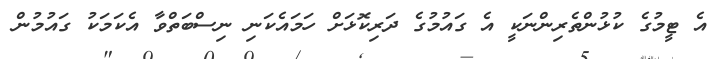
އެ ޓީމުގެ ކުޅުންތެރިންނަކީ އެ ގައުމުގެ ދަރިކޮޅަށް ހަމައެކަނި ނިސްބަތްވާ އެކަމަކު ގައުމުން